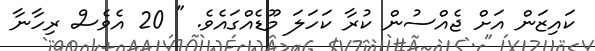
ކައިޒަން އަށް ޖެއްސުން ކުރާ ކަހަލަ މޫޑެއްގައެވެ. " 20 އެވެސް ރިހާނާ